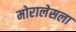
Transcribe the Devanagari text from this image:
मोरालेसला